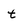
Character: t